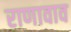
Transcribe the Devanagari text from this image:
राणावाव